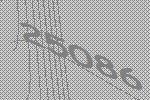
25086